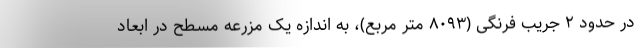
در حدود ۲ جریب فرنگی (۸۰۹۳ متر مربع)، به اندازه یک مزرعه مسطح در ابعاد